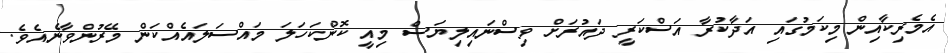
އެމެރިކާއިން މިކަމުގައި އަދާކުރާ އަސްކަރީ ދައުރަށް ވިސްނައިލިޔަސް މިއީ ކޮންކަހަލަ މައްސަލައެއްކަން މޭރުންވާނެއެވެ.